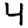
Digit: 4